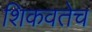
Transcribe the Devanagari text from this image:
शिकवतेच